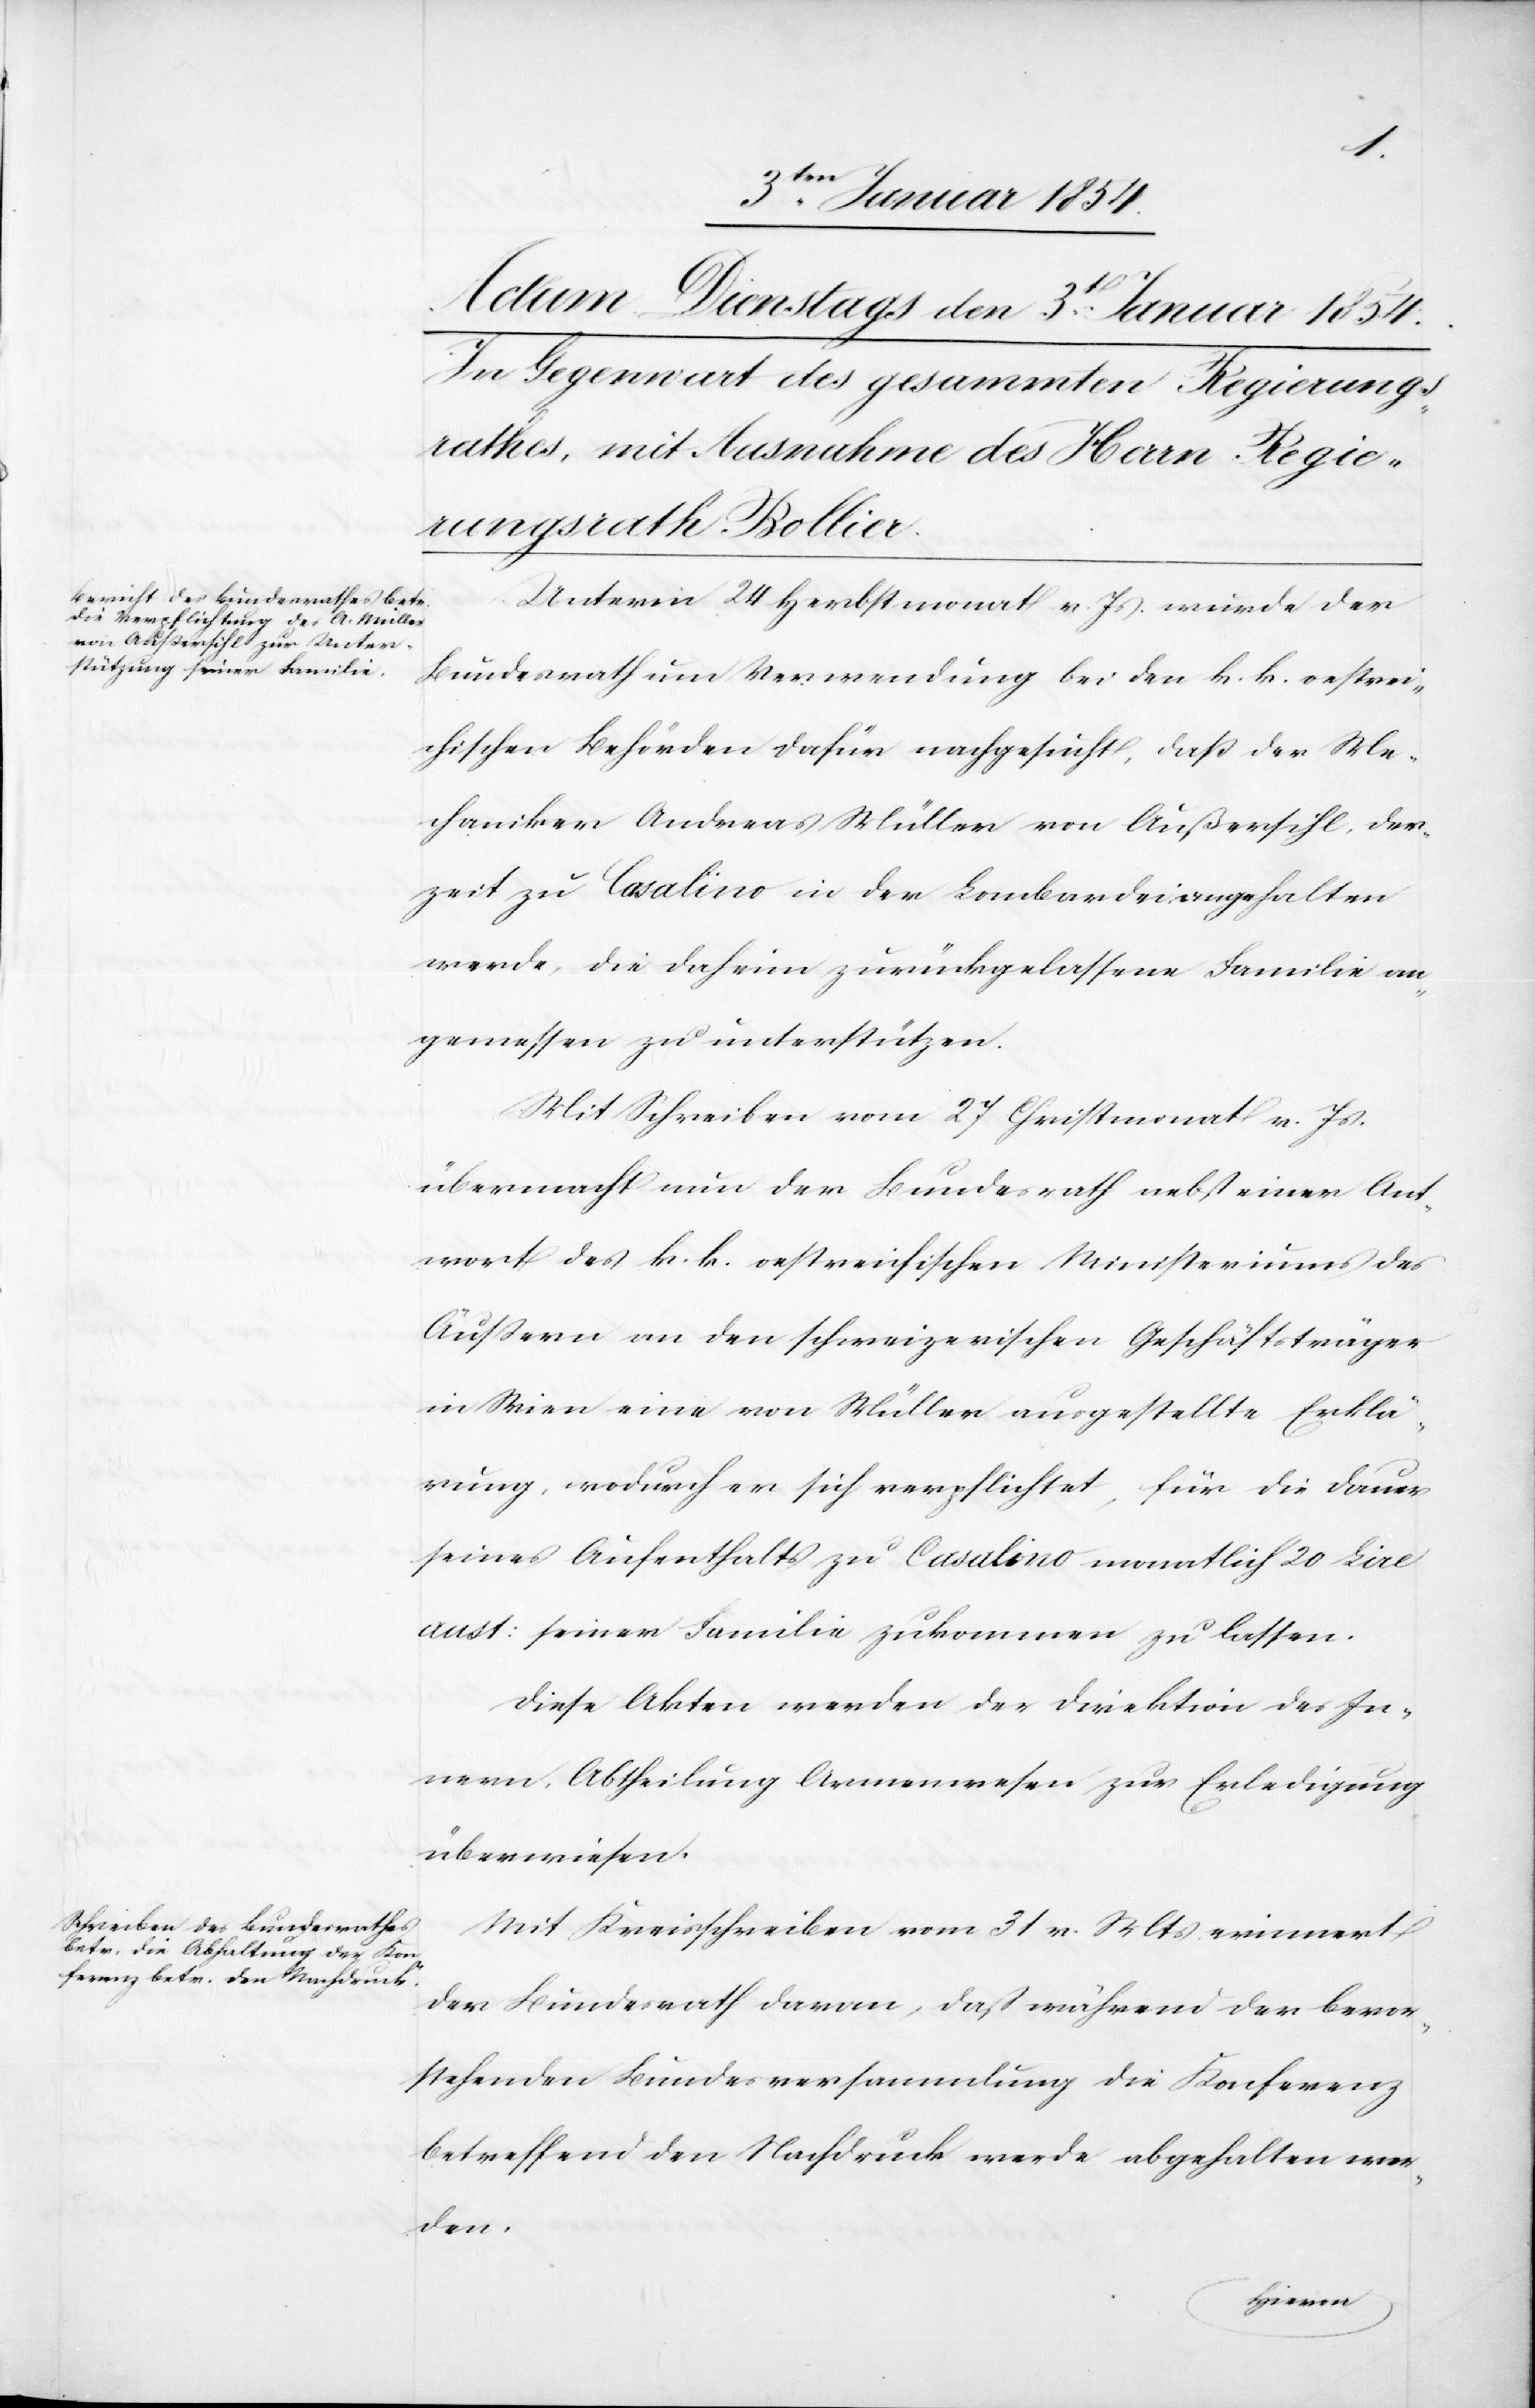
Unterm 24 Herbstmonat v. Js. wurde der
Bundesrath um Verwendung bei den k. k. oestrei¬
chischen Behörden dafür nachgesucht, daß der Me¬
chaniker Andreas Müller von Außersihl, der¬
zeit zu Casalino in der Lombardei angehalten
werde, die daheim zurückgelassene Familie an¬
gemessen zu unterstützen.
Mit Schreiben vom 27 Christmonat v. Js.
übermacht nun der Bundesrath nebst einer Ant¬
wort des k. k. oestreichischen Ministeriums des
Äußern an den schweizerischen Geschäftsträger
in Wien eine von Müller ausgestellte Erklä¬
rung, wodurch er sich verpflichtet, für die Dauer
seines Aufenthalts zu Casalino monatlich 20 Lire
aust: seiner Familie zukommen zu lassen.
Diese Akten werden der Direktion des In¬
nern, Abtheilung Armenwesen zur Erledigung
überwiesen.
Mit Kreisschreiben vom 31 v. Mts erinnert
der Bundesrath daran, daß während der bevor¬
stehenden Bundesversammlung die Konferenz
betreffend den Nachdruck werde abgehalten wer¬
den.